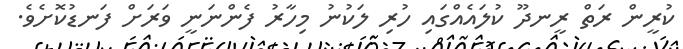
ކުރީން ރަތް ރީނދޫ ކުލައެއްގައި ހުރި ލަކުނު މިހާރު ފެންނަނީ ވަރަށް ފަނޑުކޮށެވެ.